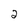
Character: 2